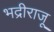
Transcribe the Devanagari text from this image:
भद्रीराजू